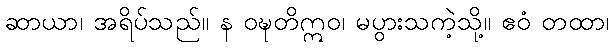
ဆာယာ၊ အရိပ်သည်။ န ဝဍ္ဎတိဣဝ၊ မပွားသကဲ့သို့။ ဧဝံ တထာ၊